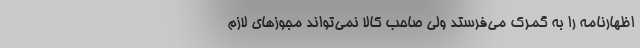
اظهارنامه را به گمرک می‌فرستد ولی صاحب کالا نمی‌تواند مجوزهای لازم